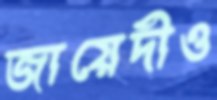
জায়েদীও